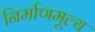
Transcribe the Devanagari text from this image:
निर्माणमूल्य